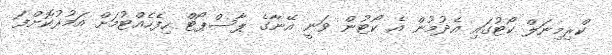
ކްރިމިނަލް ކޯޓުގައި އެދުމުން އެ ކޯޓުން ވަނީ އޭނާގެ ޕާސްޕޯޓް ހިފެހެއްޓުމަށް އަމުރުކޮށްފަ